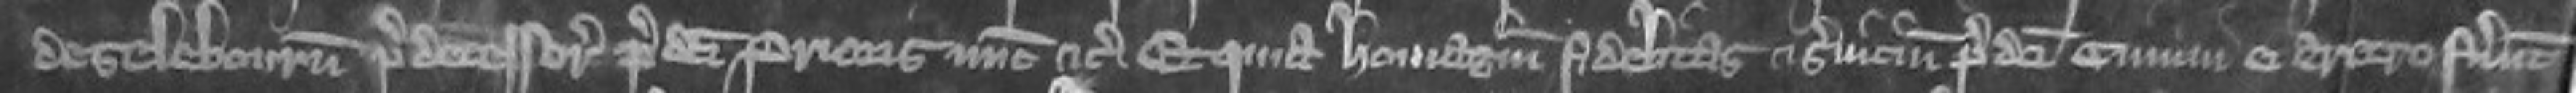
de Selebourn predecessoris predicti prioris nunc etc Et quia homagium fidelitas et servicium predicti cimini ei aretro fuerunt